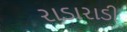
રાડારાડી